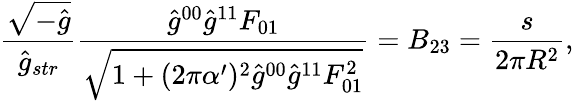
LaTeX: \frac{\sqrt{-\hat{g}}}{\hat{g}_{str}}\frac{\hat{g}^{00}\hat{g}^{11}F_{01}}{\sqrt{1+(2\pi\alpha^{\prime})^{2}\hat{g}^{00}\hat{g}^{11}F_{01}^{2}}}=B_{23}=\frac{s}{2\pi R^{2}},